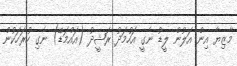
މާޒިޔާ އިން އަލުން ލީޑު ނެގީ އަހުމަދު ރަޝީދު (އައްމަޑޭ) ނެގި ހުރަހަކުން